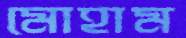
মোহাম